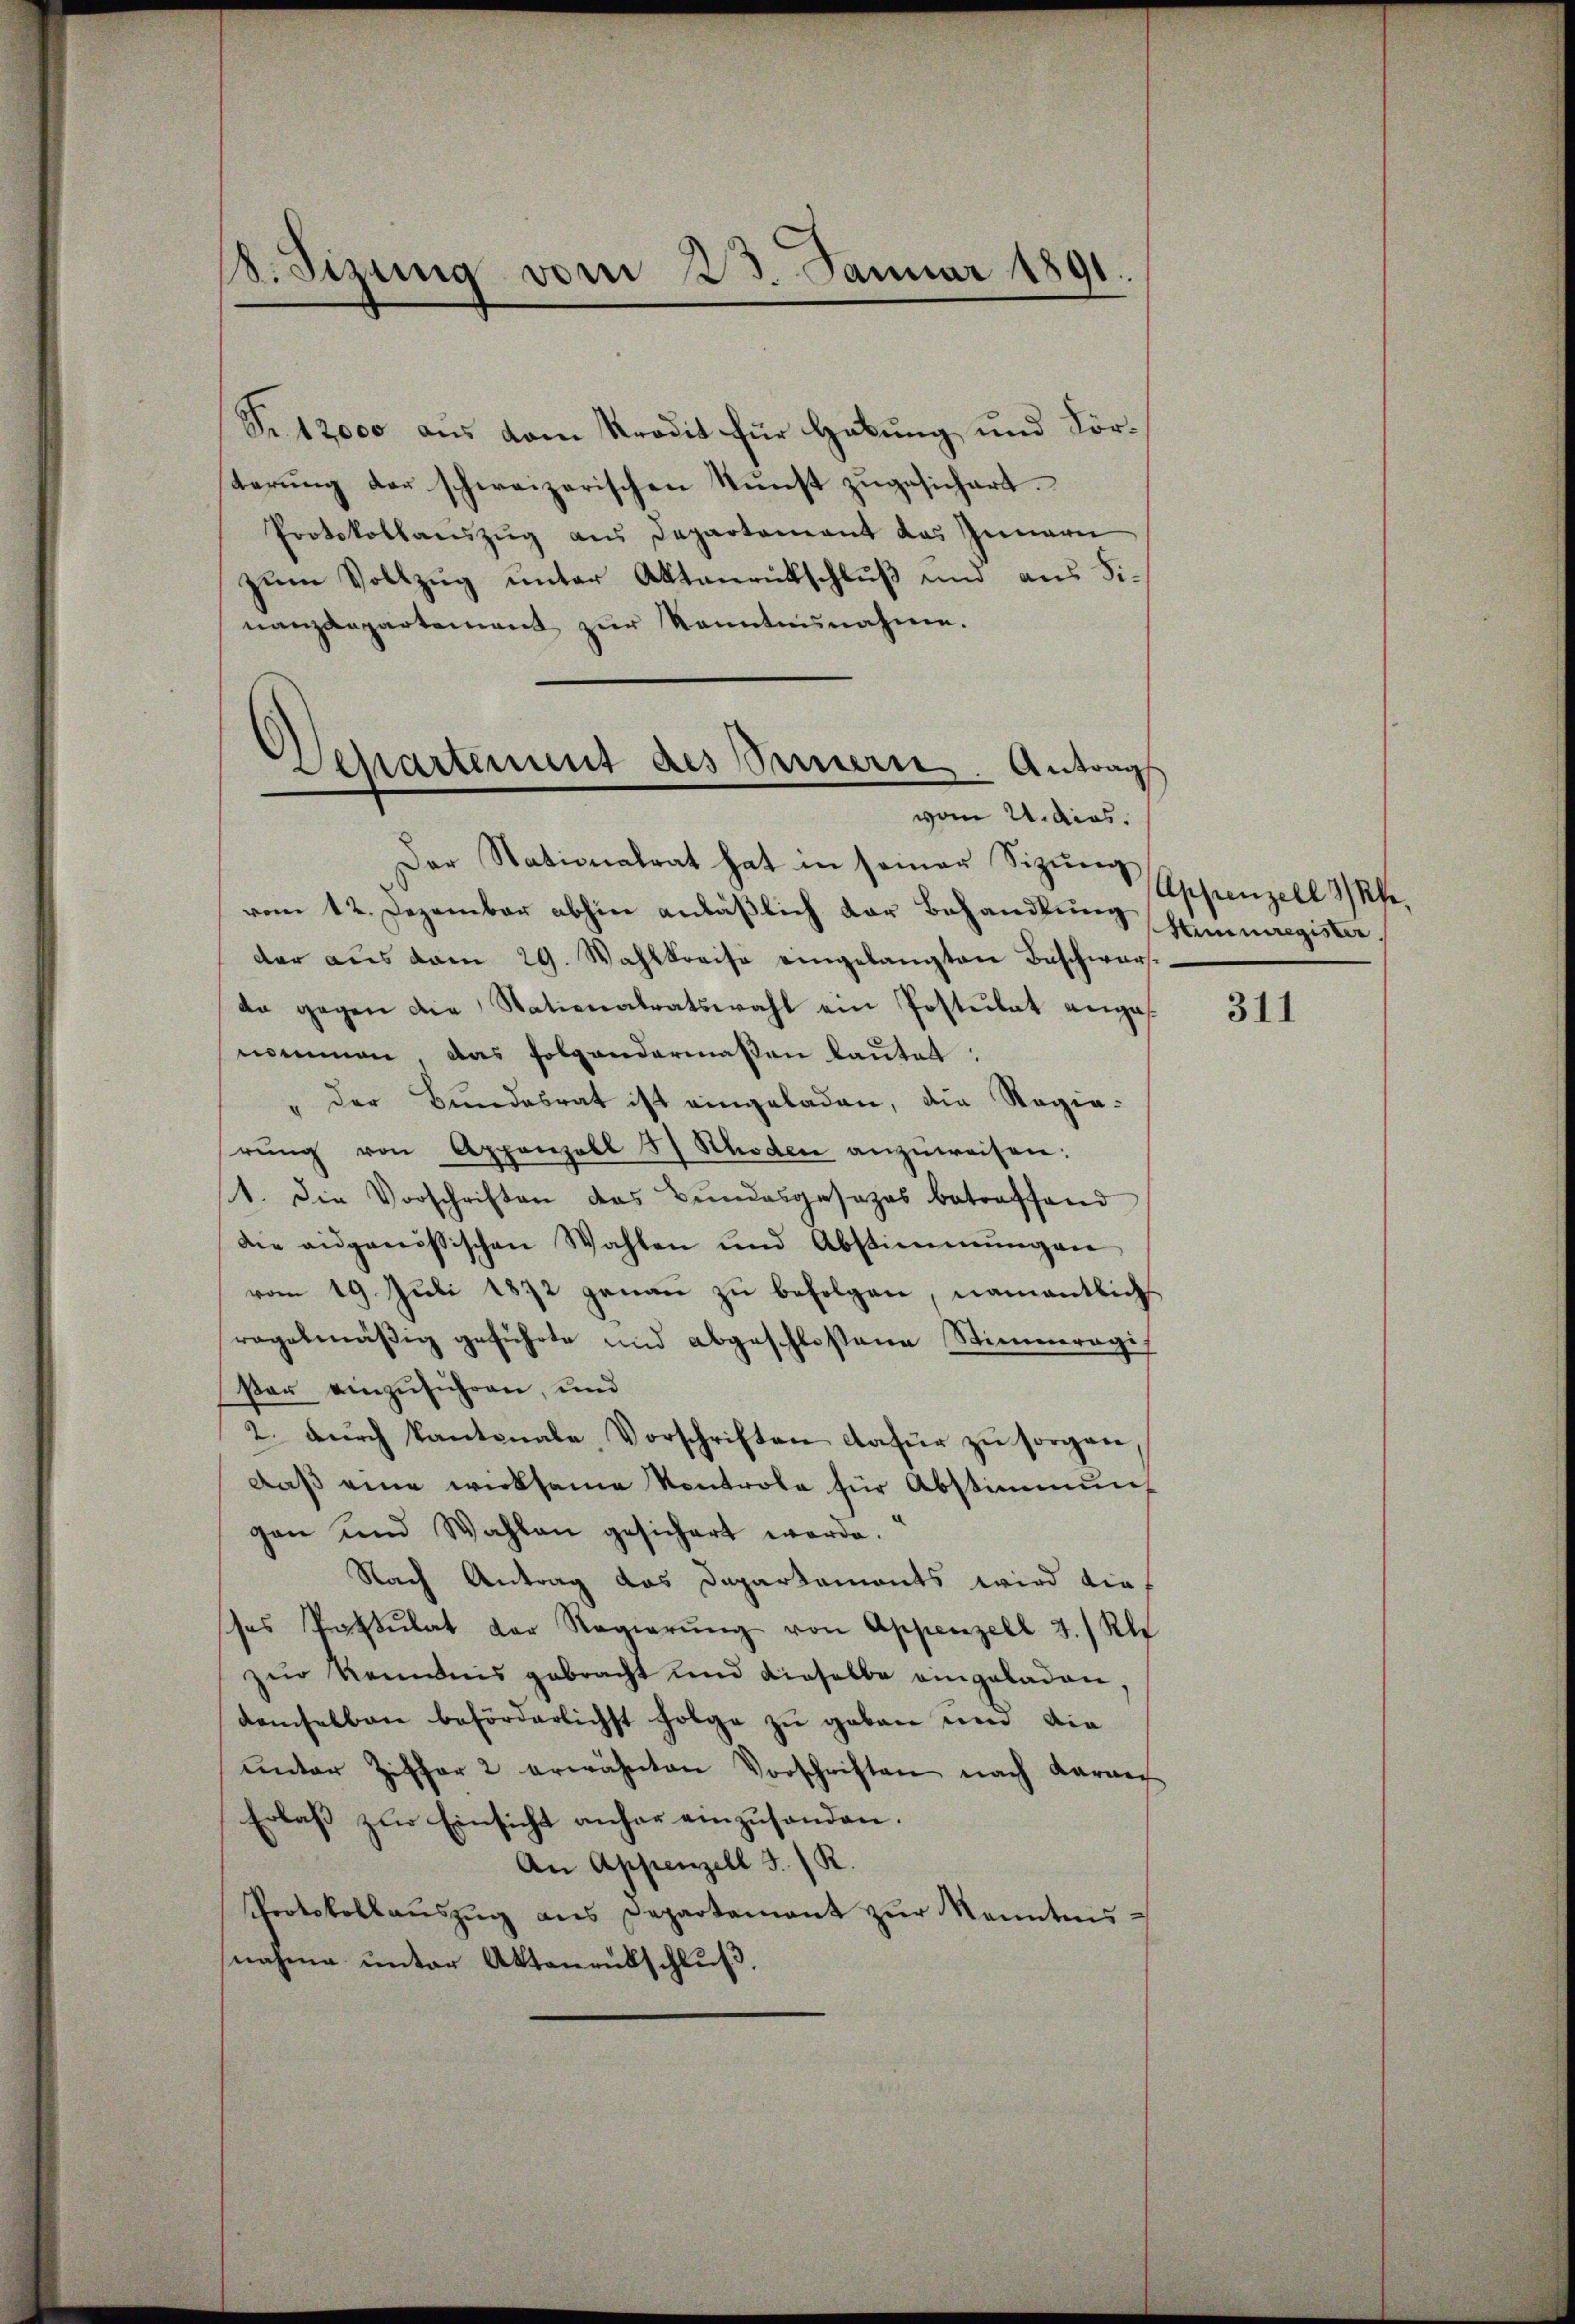
8. Sizung vom 23. Januar 1891.

d
Separtement des Sauern. Antrag
vom 21. dies.

Fr. 12000 aus vom Kredit für Habung und Forterŭng der schweizerischen Kunst zŭgesichert.
Protokollanszug aus Departement das Innern
zum Vollzug unter Aktenrückschluß und aus Finanzdepartement zur Kenntnunahmen.
Der Stationalrat hat in seiner Sizung
vom 12. Dezember abhin anläßlich der Behandlung
der aus vom 29. Wahlkreise eingelangten Beschwarda gegen die Nationalratswahl ein Postulat angesnommen das folgendermaßen lautet:
" der Bundesrat ist eingeladen, die Regierŭng von Appenzell 5 Sthoden anzŭweisen:
1. Die Vorschriften des Bŭndesgesezes betreffend
die eidgenössischen Wahlen und Abstimmungen
vom 19. Juli 1872 genau zu befolgen, namentlich
regelmäßig geführte und abgeschloßene Stimmregisar einzuführen, und
2. durch kantonale, Vorschriften dafür zu sorgen,
daβ eine wirksame Kontrole für Abstimmung
gen und Wahlen gesichert werde.
Nach Antrag das Dapartaments wird die
ses Postulat der Regierŭng von Appenzell 3.) Als
zur Kenntnis gebracht und dieselbe eingeladen,
damselben beförderlichst folge zu geben um die
ŭnter Ziffer 2 erwähnten Vorschriften nach Karner
Erlaß zur Einsicht anher einzusenden.
An Appenzell I. R.
Protokollaŭszŭg ans Departamant zŭr kanntens
nahme unter Aktenentschluß,

Appenzell 3 Uhr,
Himmregister

311